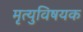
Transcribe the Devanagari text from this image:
मृत्युविषयक